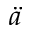
\ddot { a }